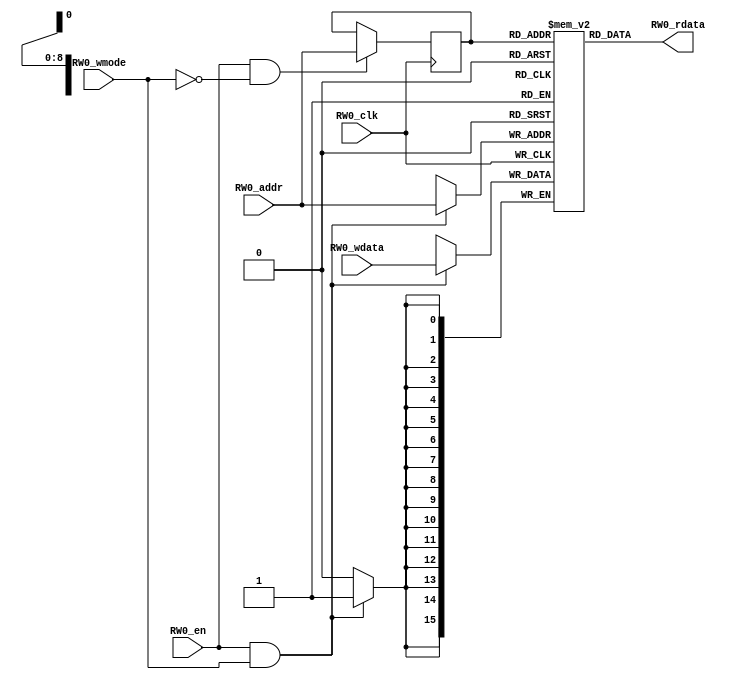
// name:array_28_ext depth:512 width:16 masked:false maskGran:16 maskSeg:1
module array_28_ext(
  input RW0_clk,
  input [8:0] RW0_addr,
  input RW0_en,
  input RW0_wmode,
  input [15:0] RW0_wdata,
  output [15:0] RW0_rdata
);


  reg reg_RW0_ren;
  reg [8:0] reg_RW0_addr;
  reg [15:0] ram [511:0];
  `ifdef RANDOMIZE_MEM_INIT
    integer initvar;
    initial begin
      #`RANDOMIZE_DELAY begin end
      for (initvar = 0; initvar < 512; initvar = initvar+1)
        ram[initvar] = {1 {$random}};
      reg_RW0_addr = {1 {$random}};
    end
  `endif
  always @(posedge RW0_clk)
    reg_RW0_ren <= RW0_en && !RW0_wmode;
  always @(posedge RW0_clk)
    if (RW0_en && !RW0_wmode) reg_RW0_addr <= RW0_addr;
  always @(posedge RW0_clk)
    if (RW0_en && RW0_wmode) begin
      ram[RW0_addr][15:0] <= RW0_wdata[15:0];
    end
  `ifdef RANDOMIZE_GARBAGE_ASSIGN
  reg [31:0] RW0_random;
  `ifdef RANDOMIZE_MEM_INIT
    initial begin
      #`RANDOMIZE_DELAY begin end
      RW0_random = {$random};
      reg_RW0_ren = RW0_random[0];
    end
  `endif
  always @(posedge RW0_clk) RW0_random <= {$random};
  assign RW0_rdata = reg_RW0_ren ? ram[reg_RW0_addr] : RW0_random[15:0];
  `else
  assign RW0_rdata = ram[reg_RW0_addr];
  `endif

endmodule